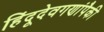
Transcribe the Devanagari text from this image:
हिंदूदेवगणांपैकी